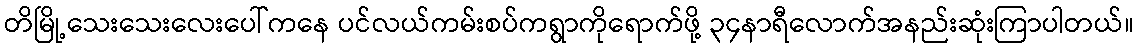
တိမြို့သေးသေးလေးပေါ်ကနေ ပင်လယ်ကမ်းစပ်ကရွာကိုရောက်ဖို့ ၃၄နာရီလောက်အနည်းဆုံးကြာပါတယ်။